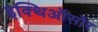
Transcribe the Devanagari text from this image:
इक्थिऑसॉर